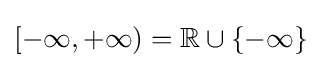
[-\infty ,+\infty )=\mathbb {R} \cup \{-\infty \}